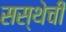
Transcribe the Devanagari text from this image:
सस्थेची